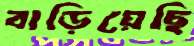
বাড়িয়েছি